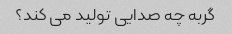
گربه چه صدایی تولید می کند؟